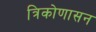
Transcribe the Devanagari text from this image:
त्रिकोणासन